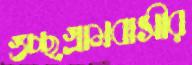
গুচ্ছগ্রামবাসীর